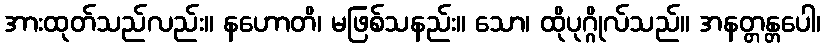
အားထုတ်သည်လည်း။ နဟောတိ၊ မဖြစ်သနည်း။ သော၊ ထိုပုဂ္ဂိုလ်သည်။ အနတ္တန္တပေါ၊